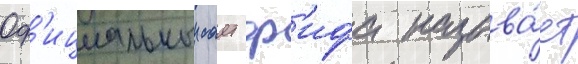
Оф'ициальныи саит ф'ифа называ́ет